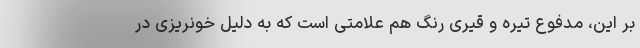
بر این، مدفوع تیره و قیری رنگ هم علامتی است که به دلیل خونریزی در